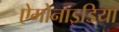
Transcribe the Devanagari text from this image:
ऐमोनाइडिया